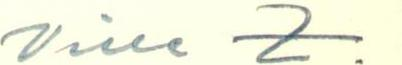
Ville Z.